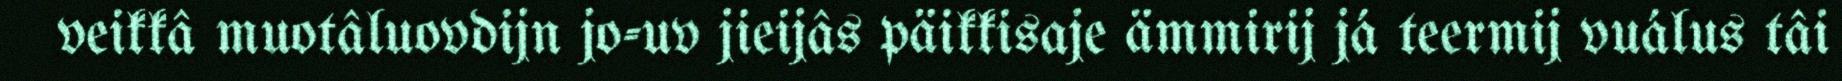
veikkâ muotâluovdijn jo-uv jieijâs päikkisaje ämmirij já teermij vuálus tâi